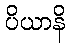
ပိယာနိ